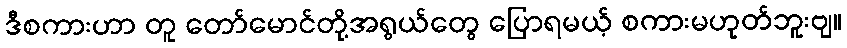
ဒီစကားဟာ တူ တော်မောင်တို့အရွယ်တွေ ပြောရမယ့် စကားမဟုတ်ဘူးဗျ။